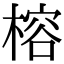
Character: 榕